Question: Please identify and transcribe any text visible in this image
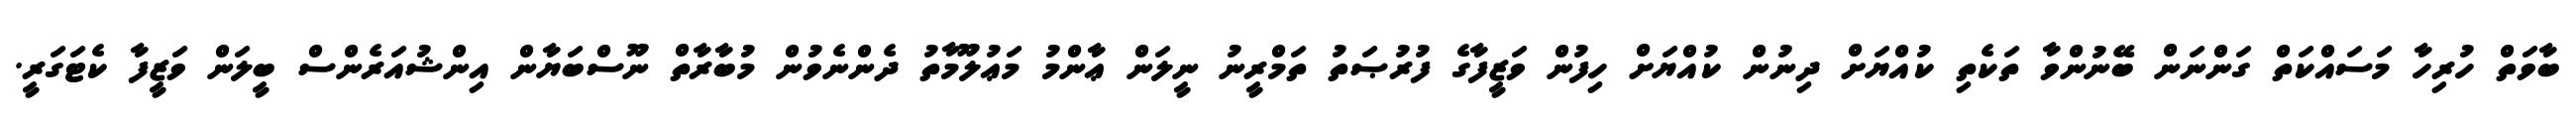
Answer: ބާވަތް ހުރިހާ މަސައްކަތް ގަންނަން ބޭނުންވާ ތަކެތި ކުއްޔަށް ދިނުން ކުއްޔަށް ހިފުން ވަޒީފާގެ ފުރުޞަތު ތަމްރީނު ނީލަން ޢާންމު މަޢުލޫމާތު ދެންނެވުން މުބާރާތް ނޫސްބަޔާން އިންޝުއަރެންސް ބީލަން ވަޒީފާ ކެޓަގަރީ.